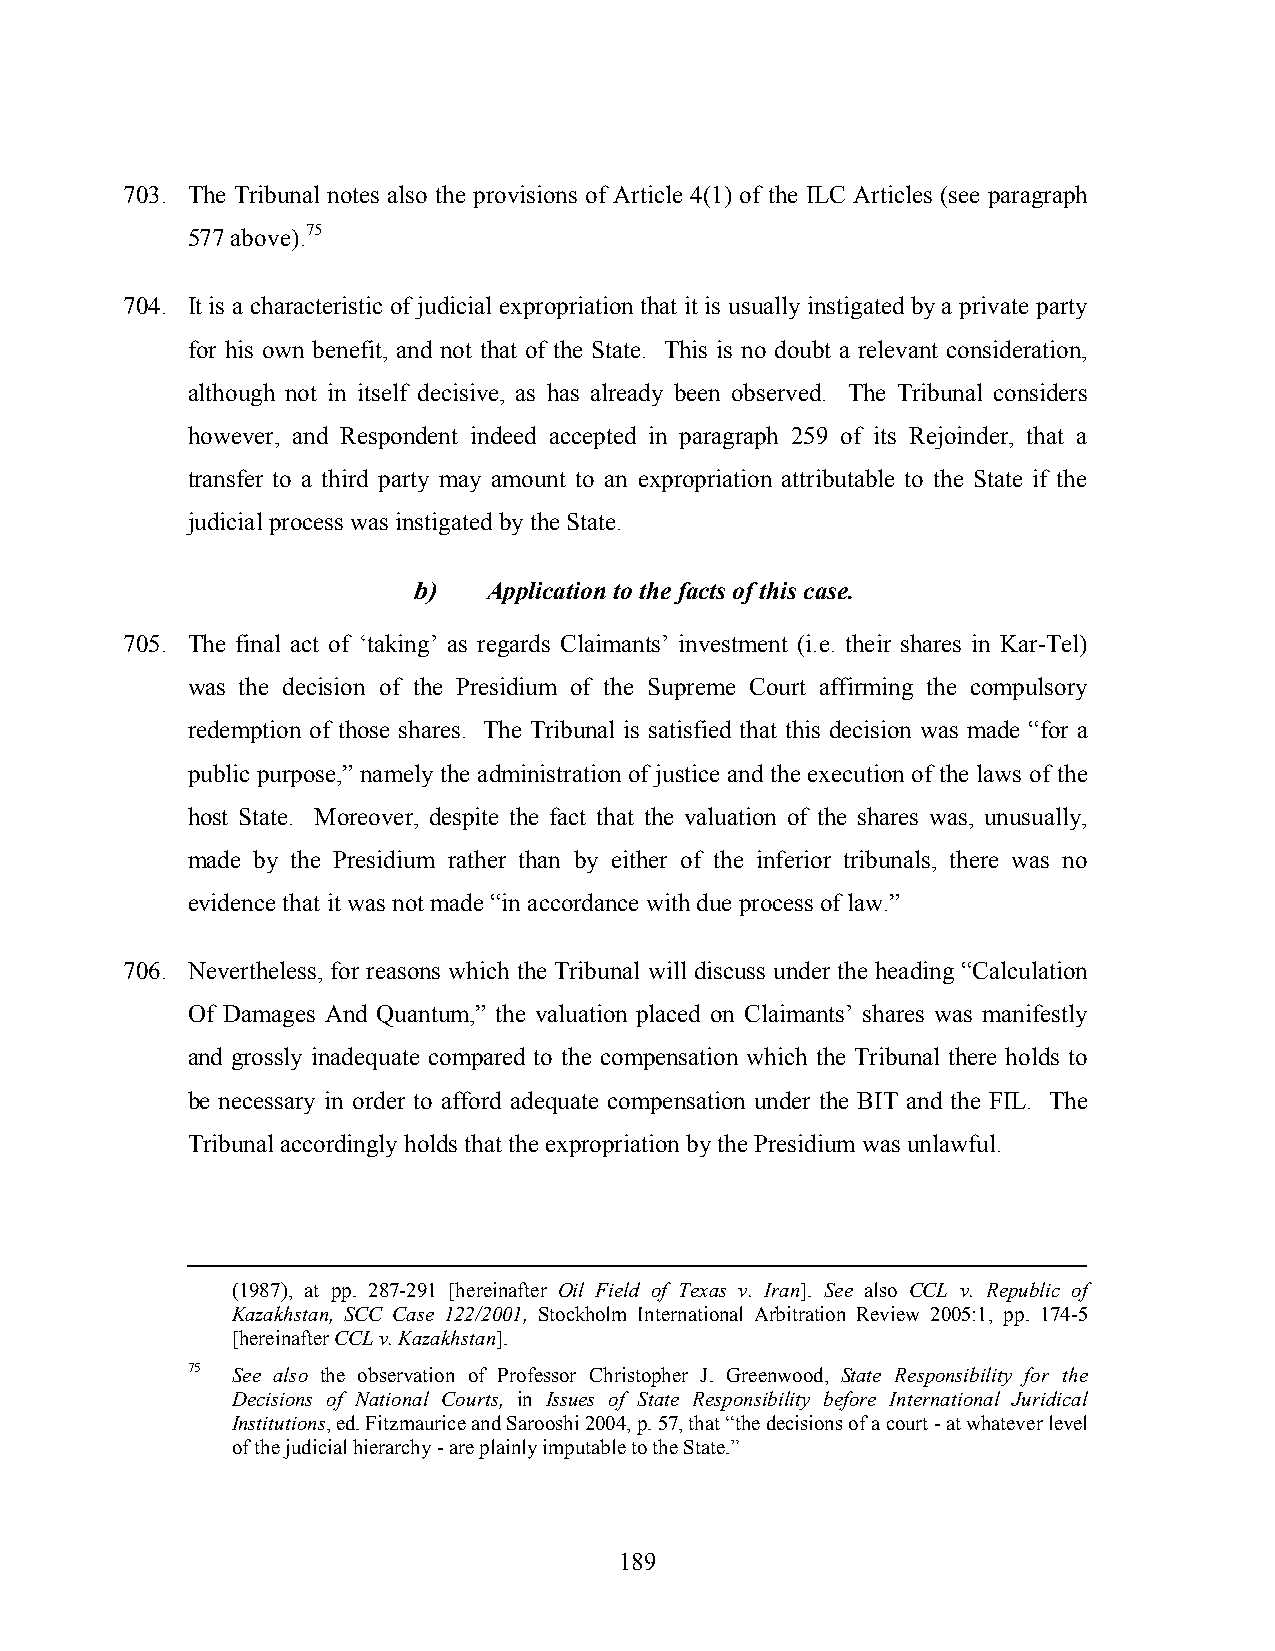
703. The Tribunal notes also the provisions of Article 4(1) of the ILC Articles (see paragraph
 577 above).75
 704. It is a characteristic of judicial expropriation that it is usually instigated by a private party
 for his own benefit, and not that of the State. This is no doubt a relevant consideration,
 although not in itself decisive, as has already been observed. The Tribunal considers
 however, and Respondent indeed accepted in paragraph 259 of its Rejoinder, that a
 transfer to a third party may amount to an expropriation attributable to the State if the
 judicial process was instigated by the State.
 b)   Application to the facts of this case.
 705. The final act of ‘taking’ as regards Claimants’ investment (i.e. their shares in Kar-Tel)
 was the decision of the Presidium of the Supreme Court affirming the compulsory
 redemption of those shares. The Tribunal is satisfied that this decision was made “for a
 public purpose,” namely the administration of justice and the execution of the laws of the
 host State. Moreover, despite the fact that the valuation of the shares was, unusually,
 made by the Presidium rather than by either of the inferior tribunals, there was no
 evidence that it was not made “in accordance with due process of law.”
 706. Nevertheless, for reasons which the Tribunal will discuss under the heading “Calculation
 Of Damages And Quantum,” the valuation placed on Claimants’ shares was manifestly
 and grossly inadequate compared to the compensation which the Tribunal there holds to
 be necessary in order to afford adequate compensation under the BIT and the FIL. The
 Tribunal accordingly holds that the expropriation by the Presidium was unlawful.
 (1987), at pp. 287-291 [hereinafter Oil Field of Texas v. Iran]. See also CCL v. Republic of
 Kazakhstan, SCC Case 122/2001, Stockholm International Arbitration Review 2005:1, pp. 174-5
 [hereinafter CCL v. Kazakhstan].
 75 See also the observation of Professor Christopher J. Greenwood, State Responsibility for the
 Decisions of National Courts, in Issues of State Responsibility before International Juridical
 Institutions, ed. Fitzmaurice and Sarooshi 2004, p. 57, that “the decisions of a court - at whatever level
 of the judicial hierarchy - are plainly imputable to the State.”
 189